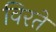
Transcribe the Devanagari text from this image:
विरते